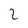
Character: 2